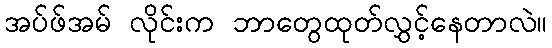
အပ်ဖ်အမ် လိုင်းက ဘာတွေထုတ်လွှင့်နေတာလဲ။